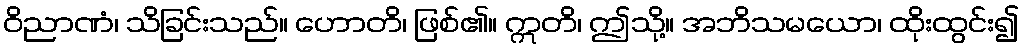
ဝိညာဏံ၊ သိခြင်းသည်။ ဟောတိ၊ ဖြစ်၏။ ဣတိ၊ ဤသို့။ အဘိသမယော၊ ထိုးထွင်း၍